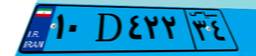
۸۹D۵۹۵۱۵